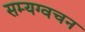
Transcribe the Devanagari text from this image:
सम्यग्वचन